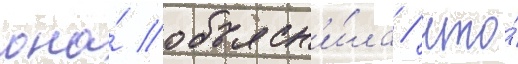
она́ объясн'и́ла / что́